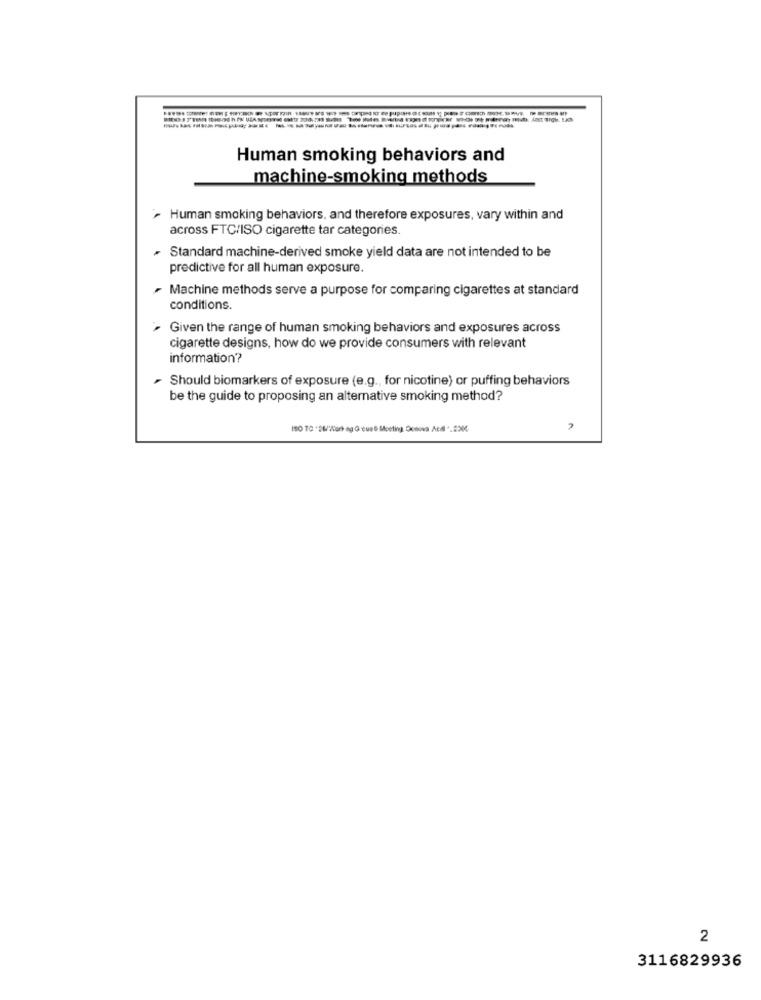
Human smoking behaviors and
machine-smoking methods
Human smoking behaviors, and therefore exposures, vary within and
across FTC/ISO cigarette tar categories.
· Standard machine-derived smoke yield data are not intended to be
predictive for all human exposure.
- Machine methods serve a purpose for comparing cigarettes at standard
conditions.
Given the range of human smoking behaviors and exposures across
cigarette designs, how do we provide consumers with relevant
information?
- Should biomarkers of exposure (e.g ., for nicotine) or puffing behaviors
be the guide to proposing an alternative smoking method?
2
3116829936